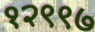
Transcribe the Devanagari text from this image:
१२९९७